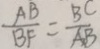
\frac { A B } { B F } = \frac { B C } { A B }